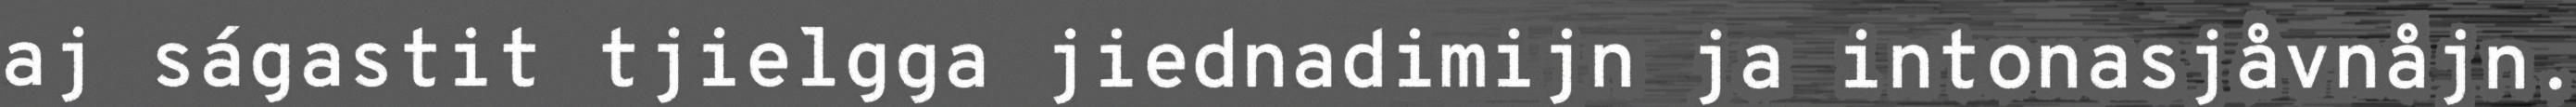
aj ságastit tjielgga jiednadimijn ja intonasjåvnåjn.